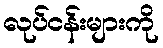
လုပ်ငန်းများကို